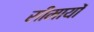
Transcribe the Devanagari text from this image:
सीमायों